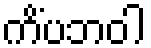
ကိံပဘဝါ